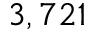
3 , 7 2 1